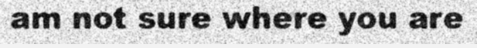
am not sure where you are